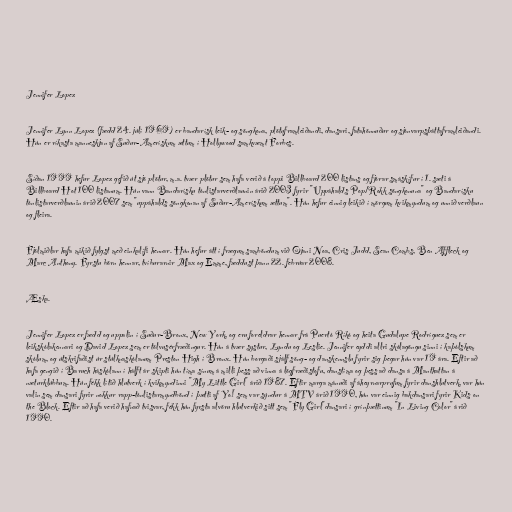
Jennifer Lopez

Jennifer Lynn Lopez (fædd 24. júlí 1969) er bandarísk leik- og söngkona, plötuframleiðandi, dansari, fatahönnuður og sjónvarpsþáttaframleiðandi.
Hún er ríkasta manneskjan af Suður-Amerískum ættum í Hollywood samkvæmt Forbes.

Síðan 1999 hefur Lopez gefið út sjö plötur, m.a. tvær plötur sem hafa verið á toppi Billboard 200 listans og fjórar smáskífur í 1. sæti á
Billboard Hot 100 listanum. Hún vann Bandarísku tónlistarverðlaunin árið 2003 fyrir "Uppáhalds Pop/Rokk söngkonuna" og Bandarísku
tónlistarverðlaunin árið 2007 sem "uppáhalds söngkonan af Suður-Amerískum ættum". Hún hefur einnig leikið í mörgum kvikmyndum og unnið verðlaun
og fleira.

Fjölmiðlar hafa mikið fylgst með einkalífi hennar. Hún hefur átt í frægum samböndum við Ojani Noa, Cris Judd, Sean Combs, Ben Affleck og
Marc Anthony. Fyrstu börn hennar, tvíburarnir Max og Emme, fæddust þann 22. febrúar 2008.

Æska.

Jennifer Lopez er fædd og uppalin í Suður-Bronx, New York, og eru foreldrar hennar frá Puertó Ríkó og heita Gudalupe Rodríguez sem er
leikskólakennari og David Lopez sem er tölvusérfræðingur. Hún á tvær systur, Lyndu og Leslie. Jennifer eyddi allri skólagöngu sinni í kaþólskum
skólum, og útskrifaðist úr stúlknaskólanum Preston High í Bronx. Hún borgaði sjálf söng- og danskennslu fyrir sig þegar hún var 19 ára. Eftir að
hafa gengið í Baruch háskólann í hálft ár skipti hún tíma sínum á milli þess að vinna á lögfræðistofu, danstíma og þess að dansa á Manthattan á
næturklúbbum. Hún fékk lítið hlutverk í kvikmyndinni "My Little Girl" árið 1987. Eftir marga mánuði af áheyrnarprufum fyrir danshlutverk, var hún
valin sem dansari fyrir nokkur rapp-tónlistarmyndbönd í þætti af Yo! sem var sýndur á MTV árið 1990, hún var einnig bakdansari fyrir Kids on
the Block. Eftir að hafa verið hafnað tvisvar, fékk hún fyrsta alvöru hlutverkið sitt sem "Fly Girl"dansari í grínþættinum "In Living Color" árið
1990.